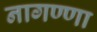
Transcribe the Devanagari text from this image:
नागण्णा